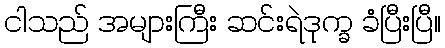
ငါသည် အများကြီး ဆင်းရဲဒုက္ခ ခံပြီးပြီ။